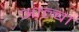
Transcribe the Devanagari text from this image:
आल्बा